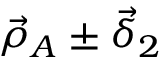
\vec { \rho } _ { A } \pm \vec { \delta } _ { 2 }